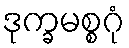
ဒုက္ခမစ္စဂုံ